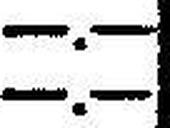
—.—